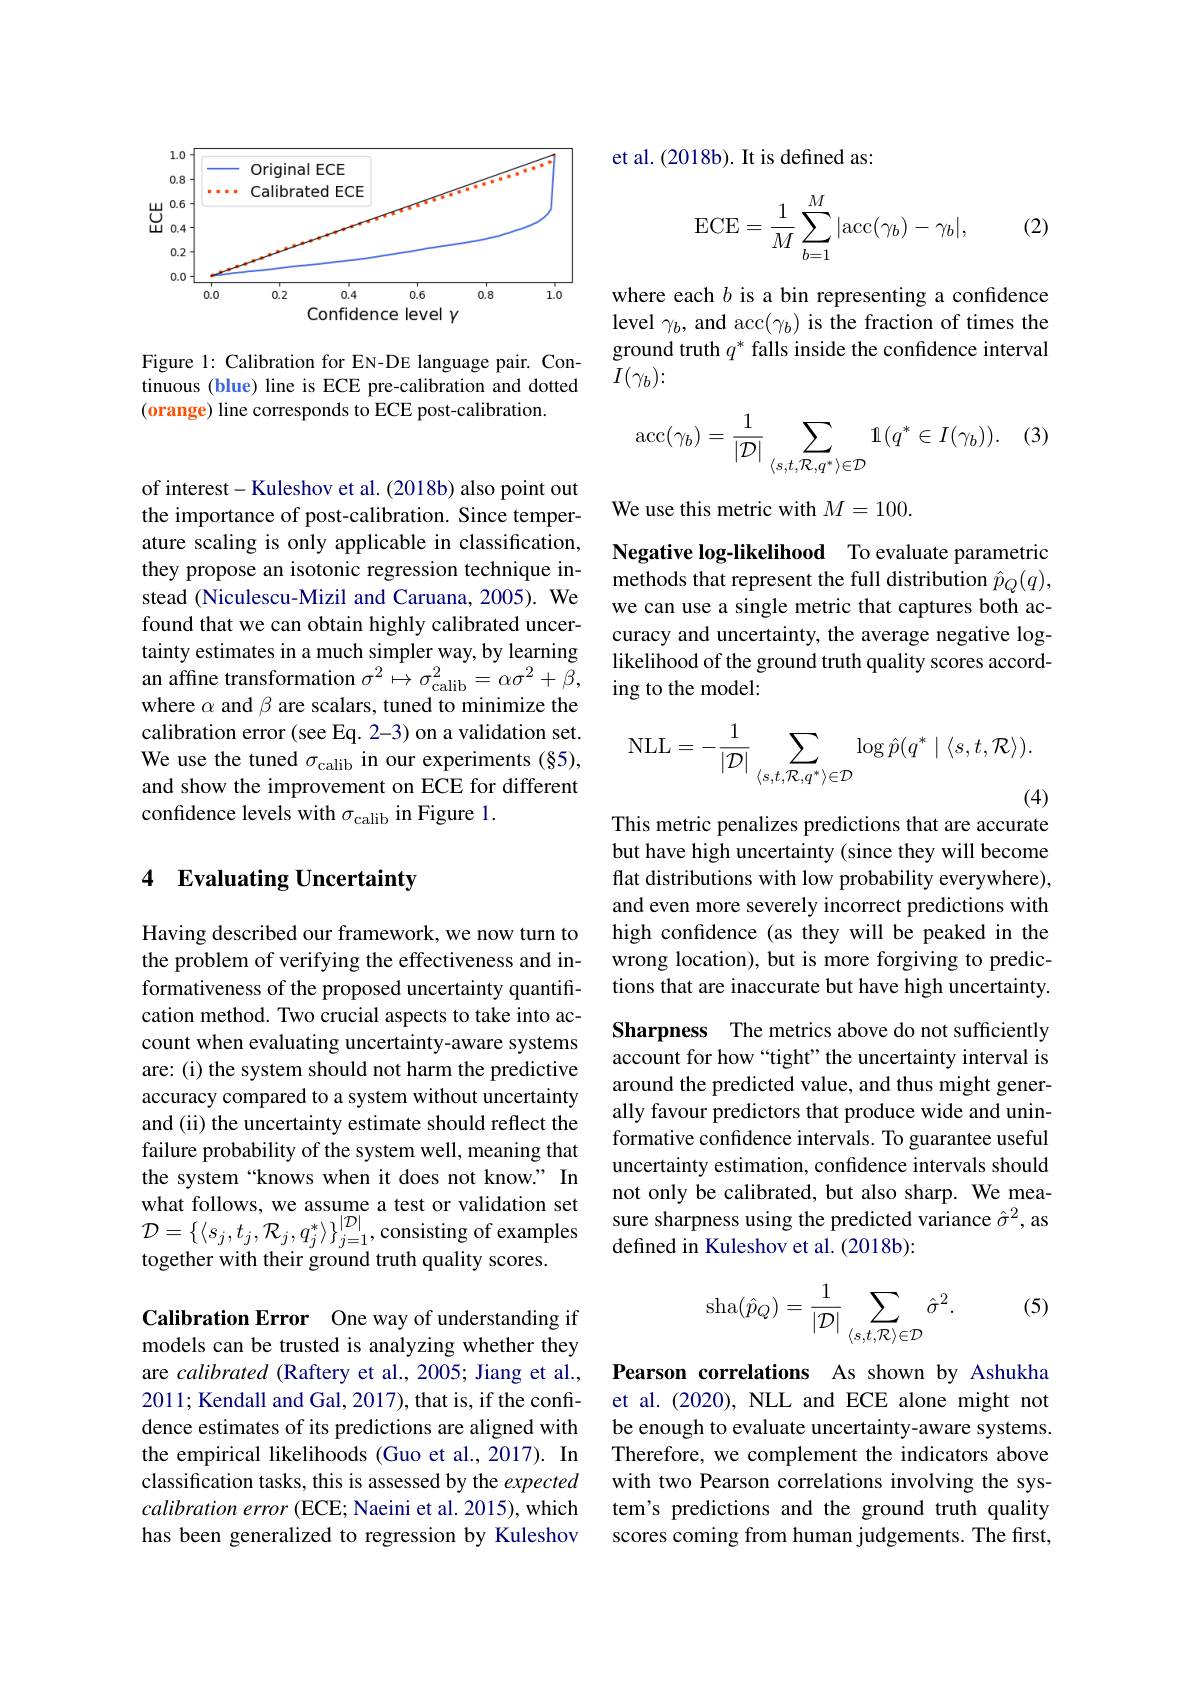
<FigureHere>

Figure 1: Calibration for EN-DE language pair. Continuous (blue) line is ECE pre-calibration and dotted $( 0\textbf{range) line corresponds to ECE post- calibration. }$

of interest- Kuleshov et al. (2018b) also point out the importance of post-calibration. Since temperature scaling is only applicable in classification, they propose an isotonic regression technique instead (Niculescu-Mizil and Caruana, 2005). We found that we can obtain highly calibrated uncertainty estimates in a much simpler way, by learning where $\alpha$ and $\beta$ are scalars, tuned to minimize the calibration error (see Eq. 2-3) on a validation set. We use the tuned $\sigma_\mathrm{calib}$ in our experiments (§5), and show the improvement on ECE for different confidence levels with $\sigma_\mathrm{calib}$ in Figure 1.

## 4 Evaluating Uncertainty

Having described our framework, we now turn to the problem of verifying the effectiveness and informativeness of the proposed uncertainty quantification method. Two crucial aspects to take into account when evaluating uncertainty-aware systems are: (i) the system should not harm the predictive accuracy compared to a system without uncertainty and (ii) the uncertainty estimate should reflect the failure probability of the system well, meaning that the system“knows when it does not know.” In together with their ground truth quality scores.

Calibration Error One way of understanding if models can be trusted is analyzing whether they are calibrated (Raftery et al., 2005; Jiang et al., 2011; Kendall and Gal, 2017), that is, if the confidence estimates of its predictions are aligned with the empirical likelihoods (Guo et al., 2017). In classification tasks, this is assessed by the expected $calibration\textit{ error ( ECE; Naeini et al. 2015) , which}$ has been generalized to regression by Kuleshov

et al.(2018b). It is defined as:
$$\mathrm{ECE}=\frac{1}{M}\sum_{b=1}^{M}|\mathrm{acc}(\gamma_b)-\gamma_b|,$$
(2)

where each $b$ is a bin representing a confidence level $\gamma_b$, and acc$(\gamma_b)$ is the fraction of times the ground truth $q^*$ falls inside the confidence interval $I(\gamma_b)\colon$
$$\operatorname{acc}(\gamma_b)=\frac{1}{|\mathcal{D}|}\sum_{\langle s,t,\mathcal{R},q^*\rangle\in\mathcal{D}}\mathbb{1}(q^*\in I(\gamma_b)).$$
We use this metric with $M=100.$

Negative log-likelihood To evaluate parametric methods that represent the full distribution $\hat{p}_Q(q)$, we can use a single metric that captures both accuracy and uncertainty, the average negative loglikelihood of the ground truth quality scores accord-
an affine transformation $\sigma ^{2}\mapsto \sigma _{\mathrm{calib}}^{2}= \alpha \sigma ^{2}+ \beta $, ing to the model: whara $\alpha$ and $\beta$ ara s calarc tunad to minimiza tha
$$\mathrm{NLL}=-\frac{1}{|\mathcal{D}|}\sum_{\langle s,t,\mathcal{R},q^*\rangle\in\mathcal{D}}\log\hat{p}(q^*\mid\langle s,t,\mathcal{R}\rangle).$$
(4)

This metric penalizes predictions that are accurate but have high uncertainty (since they will become flat distributions with low probability everywhere), and even more severely incorrect predictions with high confdence (as they will be peaked in the wrong location), but is more forgiving to predictions that are inaccurate but have high uncertainty.

Sharpness The metrics above do not sufficiently account for how “tight” the uncertainty interval is around the predicted value, and thus might generally favour predictors that produce wide and uninformative confdence intervals. To guarantee useful uncertainty estimation, confidence intervals should
$\begin{aligned}&\text{ule sysseni kiows wilen it uoes inot kilow. in not only be calibrated, but also sharp. We meawhat follows, we assume a test or validation set }&&\text{not only be calibrated, but also sharp. We mea-}\\&\mathcal{D}=\left\{\langle s_j,t_j,\mathcal{R}_j,q_j^*\rangle\right\}_{j=1}^{|\mathcal{D}|},\text{cons}\end{aligned}$

(5)
$$\mathrm{sha}(\hat{p}_Q)=\frac{1}{|\mathcal{D}|}\sum_{\langle s,t,\mathcal{R}\rangle\in\mathcal{D}}\hat{\sigma}^2.$$
Pearson correlations As shown by Ashukha et al.(2020), NLL and ECE alone might not be enough to evaluate uncertainty-aware systems. Therefore, we complement the indicators above with two Pearson correlations involving the system's predictions and the ground truth quality scores coming from human judgements. The first,